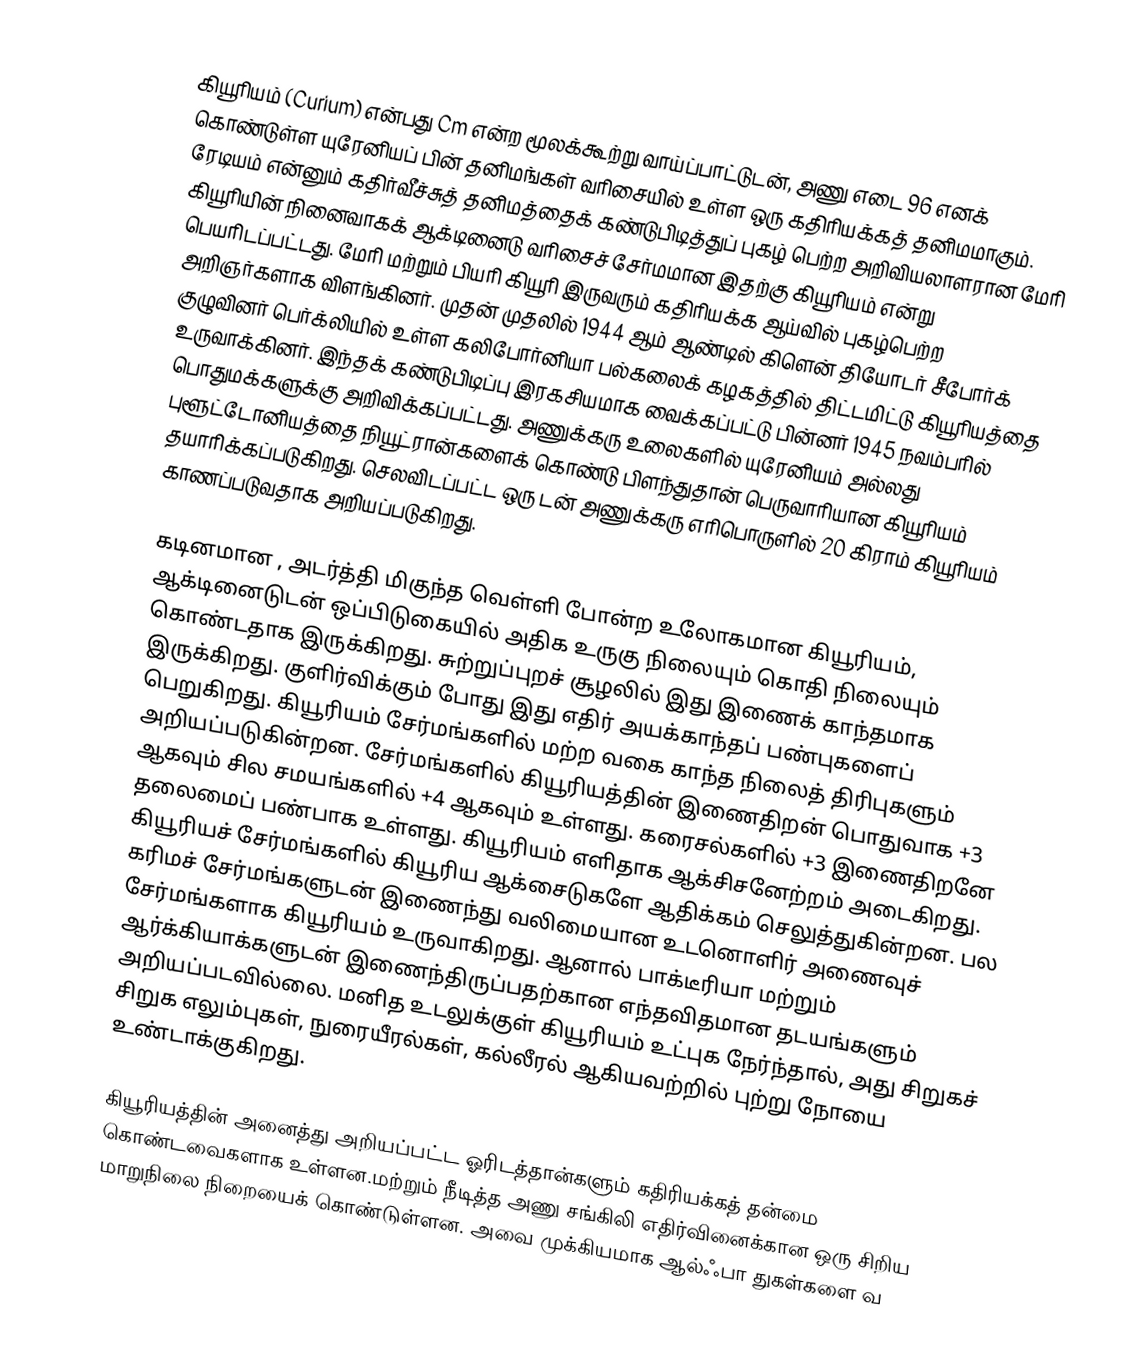
கியூரியம் (Curium) என்பது Cm  என்ற மூலக்கூற்று வாய்ப்பாட்டுடன், அணு எடை 96 எனக் கொண்டுள்ள  யுரேனியப் பின் தனிமங்கள் வரிசையில் உள்ள ஒரு கதிரியக்கத் தனிமமாகும். ரேடியம் என்னும் கதிர்வீச்சுத் தனிமத்தைக் கண்டுபிடித்துப் புகழ் பெற்ற அறிவியலாளரான மேரி கியூரியின் நினைவாகக் ஆக்டினைடு வரிசைச் சேர்மமான இதற்கு கியூரியம் என்று  பெயரிடப்பட்டது. மேரி மற்றும் பியரி கியூரி இருவரும் கதிரியக்க ஆய்வில் புகழ்பெற்ற அறிஞர்களாக விளங்கினர். முதன் முதலில் 1944 ஆம் ஆண்டில் கிளென் தியோடர் சீபோர்க் குழுவினர் பெர்க்லியில் உள்ள கலிபோர்னியா பல்கலைக் கழகத்தில் திட்டமிட்டு கியூரியத்தை உருவாக்கினர். இந்தக் கண்டுபிடிப்பு இரகசியமாக வைக்கப்பட்டு பின்னர் 1945 நவம்பரில் பொதுமக்களுக்கு அறிவிக்கப்பட்டது. அணுக்கரு உலைகளில் யுரேனியம் அல்லது புளூட்டோனியத்தை நியூட்ரான்களைக் கொண்டு பிளந்துதான் பெருவாரியான கியூரியம் தயாரிக்கப்படுகிறது. செலவிடப்பட்ட ஒரு டன் அணுக்கரு எரிபொருளில் 20 கிராம் கியூரியம் காணப்படுவதாக அறியப்படுகிறது.

கடினமான , அடர்த்தி மிகுந்த வெள்ளி போன்ற உலோகமான கியூரியம், ஆக்டினைடுடன் ஒப்பிடுகையில் அதிக உருகு நிலையும் கொதி நிலையும் கொண்டதாக இருக்கிறது. சுற்றுப்புறச் சூழலில் இது இணைக் காந்தமாக இருக்கிறது. குளிர்விக்கும் போது இது எதிர் அயக்காந்தப் பண்புகளைப் பெறுகிறது. கியூரியம் சேர்மங்களில் மற்ற வகை காந்த நிலைத் திரிபுகளும் அறியப்படுகின்றன. சேர்மங்களில் கியூரியத்தின் இணைதிறன் பொதுவாக +3 ஆகவும் சில சமயங்களில் +4 ஆகவும் உள்ளது. கரைசல்களில் +3 இணைதிறனே தலைமைப் பண்பாக உள்ளது. கியூரியம் எளிதாக ஆக்சிசனேற்றம் அடைகிறது. கியூரியச் சேர்மங்களில் கியூரிய ஆக்சைடுகளே ஆதிக்கம் செலுத்துகின்றன. பல கரிமச் சேர்மங்களுடன் இணைந்து வலிமையான உடனொளிர் அணைவுச் சேர்மங்களாக கியூரியம் உருவாகிறது. ஆனால் பாக்டீரியா மற்றும் ஆர்க்கியாக்களுடன் இணைந்திருப்பதற்கான எந்தவிதமான தடயங்களும் அறியப்படவில்லை. மனித உடலுக்குள் கியூரியம் உட்புக நேர்ந்தால், அது சிறுகச் சிறுக எலும்புகள், நுரையீரல்கள், கல்லீரல் ஆகியவற்றில் புற்று நோயை உண்டாக்குகிறது.

கியூரியத்தின் அனைத்து அறியப்பட்ட ஓரிடத்தான்களும்  கதிரியக்கத் தன்மை கொண்டவைகளாக உள்ளன.மற்றும் நீடித்த அணு சங்கிலி எதிர்வினைக்கான ஒரு சிறிய மாறுநிலை நிறையைக் கொண்டுள்ளன. அவை முக்கியமாக ஆல்ஃபா துகள்களை வ